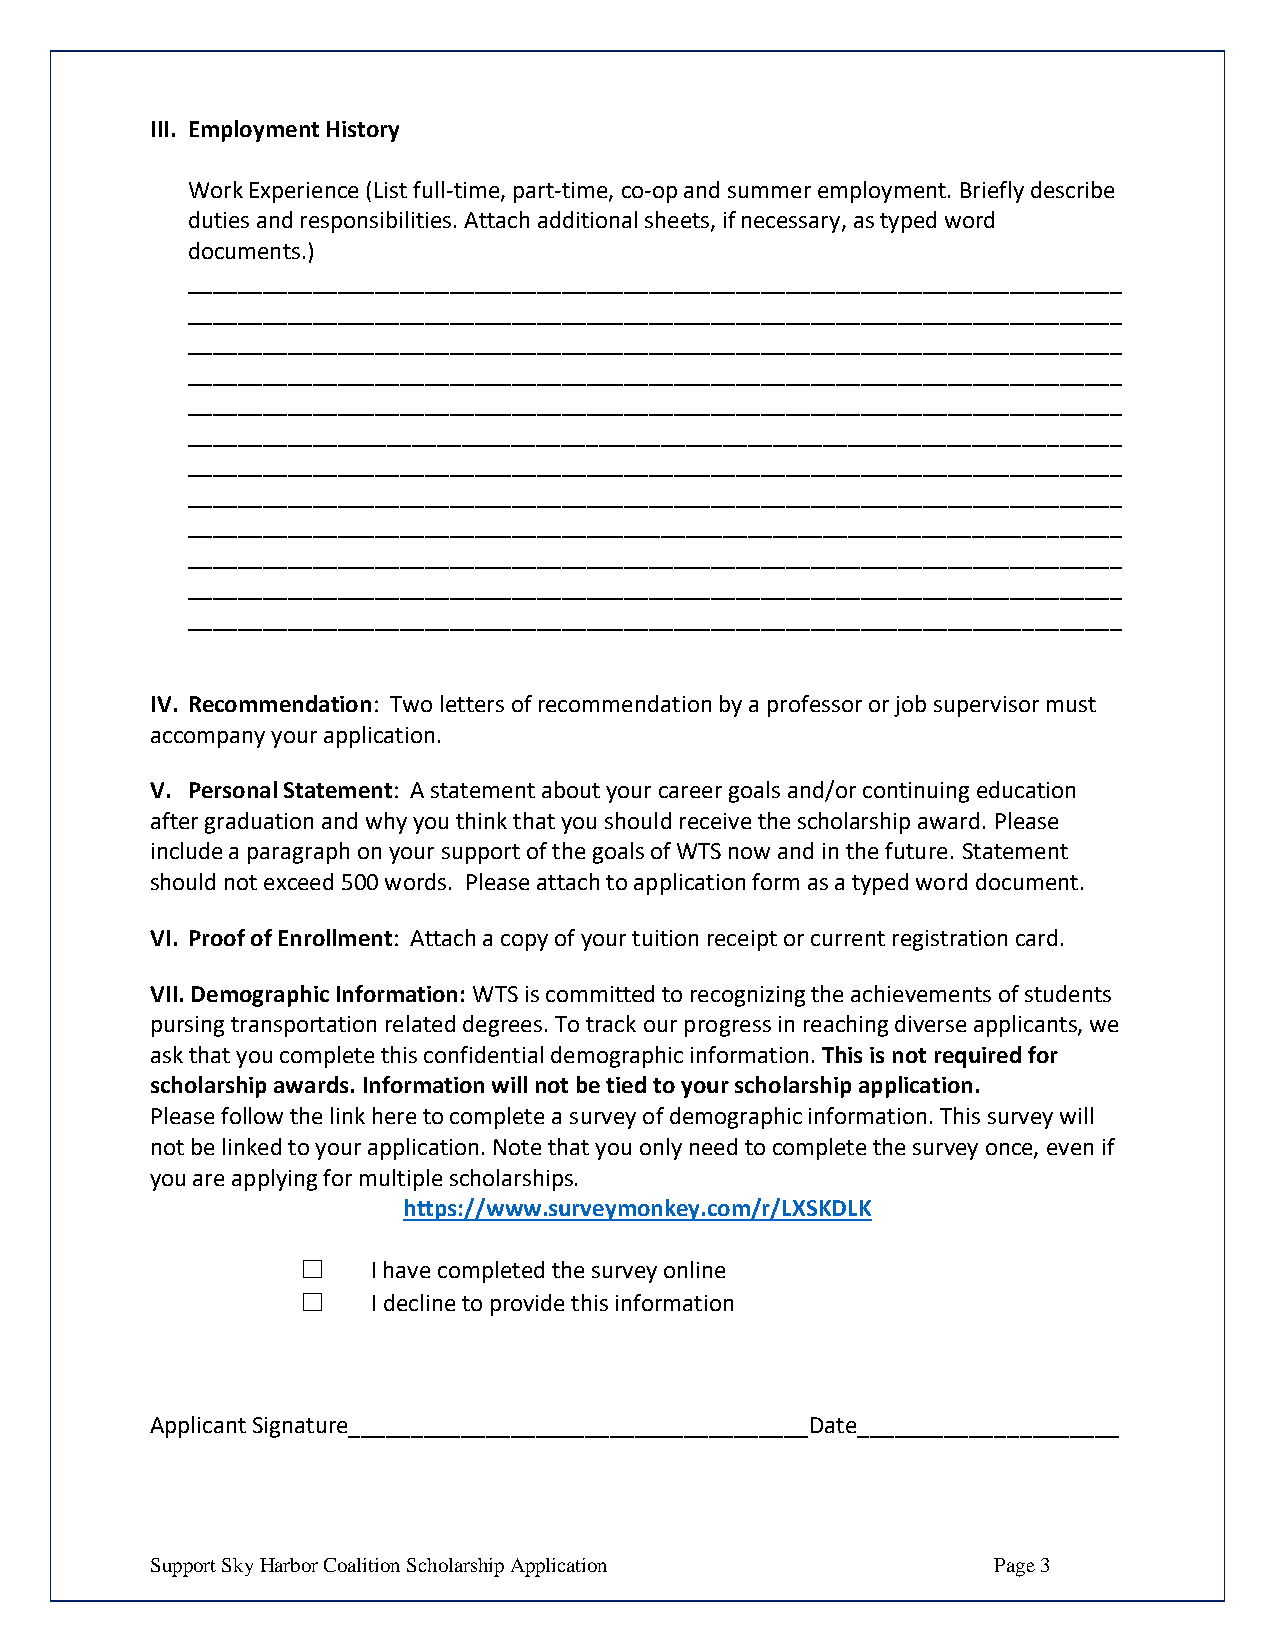
III. Employment History
 Work Experience (List full-time, part-time, co-op and summer employment. Briefly describe
 duties and responsibilities. Attach additional sheets, if necessary, as typed word
 documents.)
 ___________________________________________________________________________
 ___________________________________________________________________________
 ___________________________________________________________________________
 ___________________________________________________________________________
 ___________________________________________________________________________
 ___________________________________________________________________________
 ___________________________________________________________________________
 ___________________________________________________________________________
 ___________________________________________________________________________
 ___________________________________________________________________________
 ___________________________________________________________________________
 ___________________________________________________________________________
 IV. Recommendation: Two letters of recommendation by a professor or job supervisor must
 accompany your application.
 V. Personal Statement: A statement about your career goals and/or continuing education
 after graduation and why you think that you should receive the scholarship award. Please
 include a paragraph on your support of the goals of WTS now and in the future. Statement
 should not exceed 500 words. Please attach to application form as a typed word document.
 VI. Proof of Enrollment: Attach a copy of your tuition receipt or current registration card.
 VII. Demographic Information: WTS is committed to recognizing the achievements of students
 pursing transportation related degrees. To track our progress in reaching diverse applicants, we
 ask that you complete this confidential demographic information. This is not required for
 scholarship awards. Information will not be tied to your scholarship application.
 Please follow the link here to complete a survey of demographic information. This survey will
 not be linked to your application. Note that you only need to complete the survey once, even if
 you are applying for multiple scholarships.
 https://www.surveymonkey.com/r/LXSKDLK
 ☐    I have completed the survey online
 ☐    I decline to provide this information
 Applicant Signature_____________________________________Date_____________________
 Support Sky Harbor Coalition Scholarship Application    Page 3